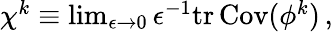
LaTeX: \begin{array}{r}{\chi^{k}\equiv\operatorname*{lim}_{\epsilon\rightarrow 0}\epsilon^{-1}\mathrm{tr}\, {\mathrm{Cov}({{\phi}^{k}})}\, ,}\end{array}